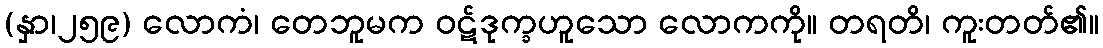
(နှာ၊၂၅၉) လောကံ၊ တေဘူမက ဝဋ်ဒုက္ခဟူသော လောကကို။ တရတိ၊ ကူးတတ်၏။